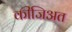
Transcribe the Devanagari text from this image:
कीजिअत